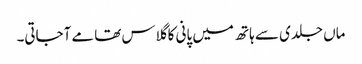
ماں جلدی سے ہاتھ میں پانی کا گلاس تھامے آجاتی۔